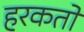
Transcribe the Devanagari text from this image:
हरकतो